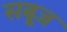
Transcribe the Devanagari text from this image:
सबूज